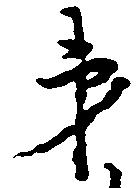
弟